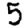
Digit: 5